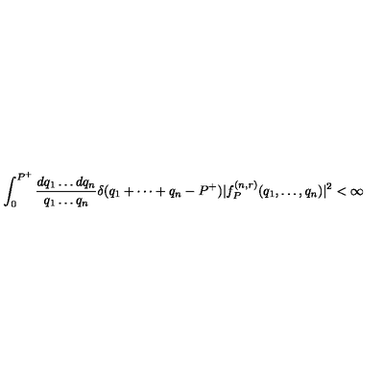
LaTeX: \int _ { 0 } ^ { P ^ { + } } { \frac { d q _ { 1 } \dots d q _ { n } } { q _ { 1 } \dots q _ { n } } } \delta ( q _ { 1 } + \cdots + q _ { n } - P ^ { + } ) | f _ { P } ^ { ( n , r ) } ( q _ { 1 } , \dots , q _ { n } ) | ^ { 2 } < \infty